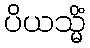
ပိယသ္မိံ